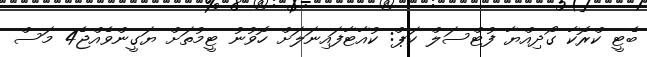
ބެޓީ ކްރޮކާ ގޯދިއްޔާ ފުޓްސަލް ކަޕް: ކުއާޓާފައިނަލަށް ހޮވުނު ޓީމުތަށް ޔަގީންވެއްޖެ4 މަސް